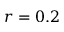
r = 0 . 2